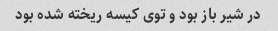
در شیر باز بود و توی کیسه ریخته شده بود